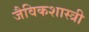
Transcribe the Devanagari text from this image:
जैविकशास्त्री